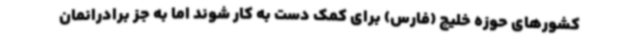
کشورهای حوزه خلیج (فارس) برای کمک دست به کار شوند اما به جز برادرانمان